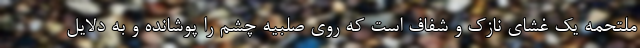
ملتحمه یک غشای نازک و شفاف است که روی صلبیه چشم را پوشانده و به دلایل